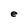
Character: e